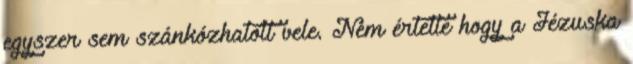
egyszer sem szánkózhatott vele. Nem értette hogy a Jézuska